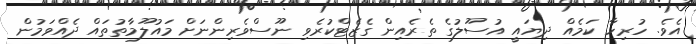
އެވެ. ހުރިހާ ކަމެއް ދިޔައީ އުސޫލުގެ ތެރެއިން ގެޒެޓްކުރެވި ނޫސްވެރިންނަށް މައުލޫމާތުތައް ދެއްވަމުން